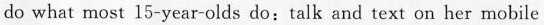
do what most 15-year-olds do:talk and text on her mobile